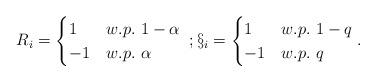
LaTeX: \begin{align*}R_i=\begin{cases}1 & w.p. \ 1-\alpha \\-1 & w.p. \ \alpha\end{cases} \ ; \S_i=\begin{cases}1 & w.p. \ 1-q \\-1 & w.p. \ q\end{cases}.\end{align*}